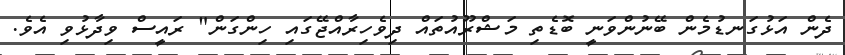
ދެން އަޅުގަނޑުމެން ބޭނުންވަނީ ބޮޑެތި މަޝްރޫއުތައް ދިވެހިރާއްޖޭގައި ހިންގަން" ރައީސް ވިދާޅުވި އެވެ.